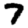
Digit: 7